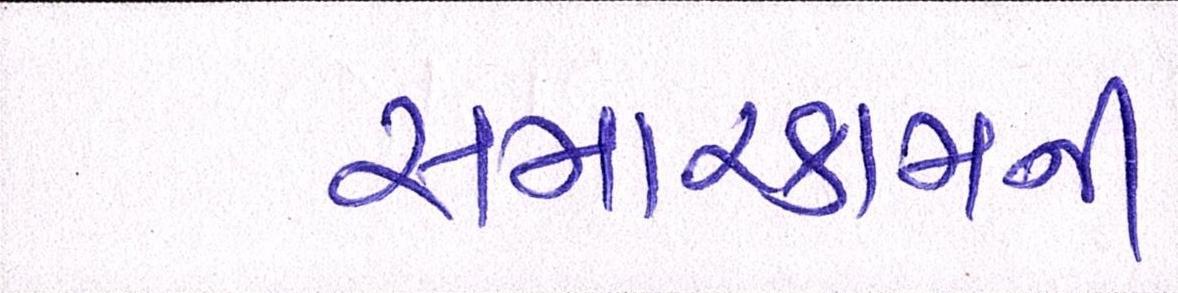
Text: સમારકામની